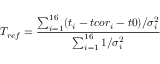
T _ { r e f } = \frac { \sum _ { i = 1 } ^ { 1 6 } ( t _ { i } - t c o r _ { i } - t 0 ) / \sigma _ { i } ^ { 2 } } { \sum _ { i = 1 } ^ { 1 6 } 1 / \sigma _ { i } ^ { 2 } }